Trukikaitis_Postimees, lk 90
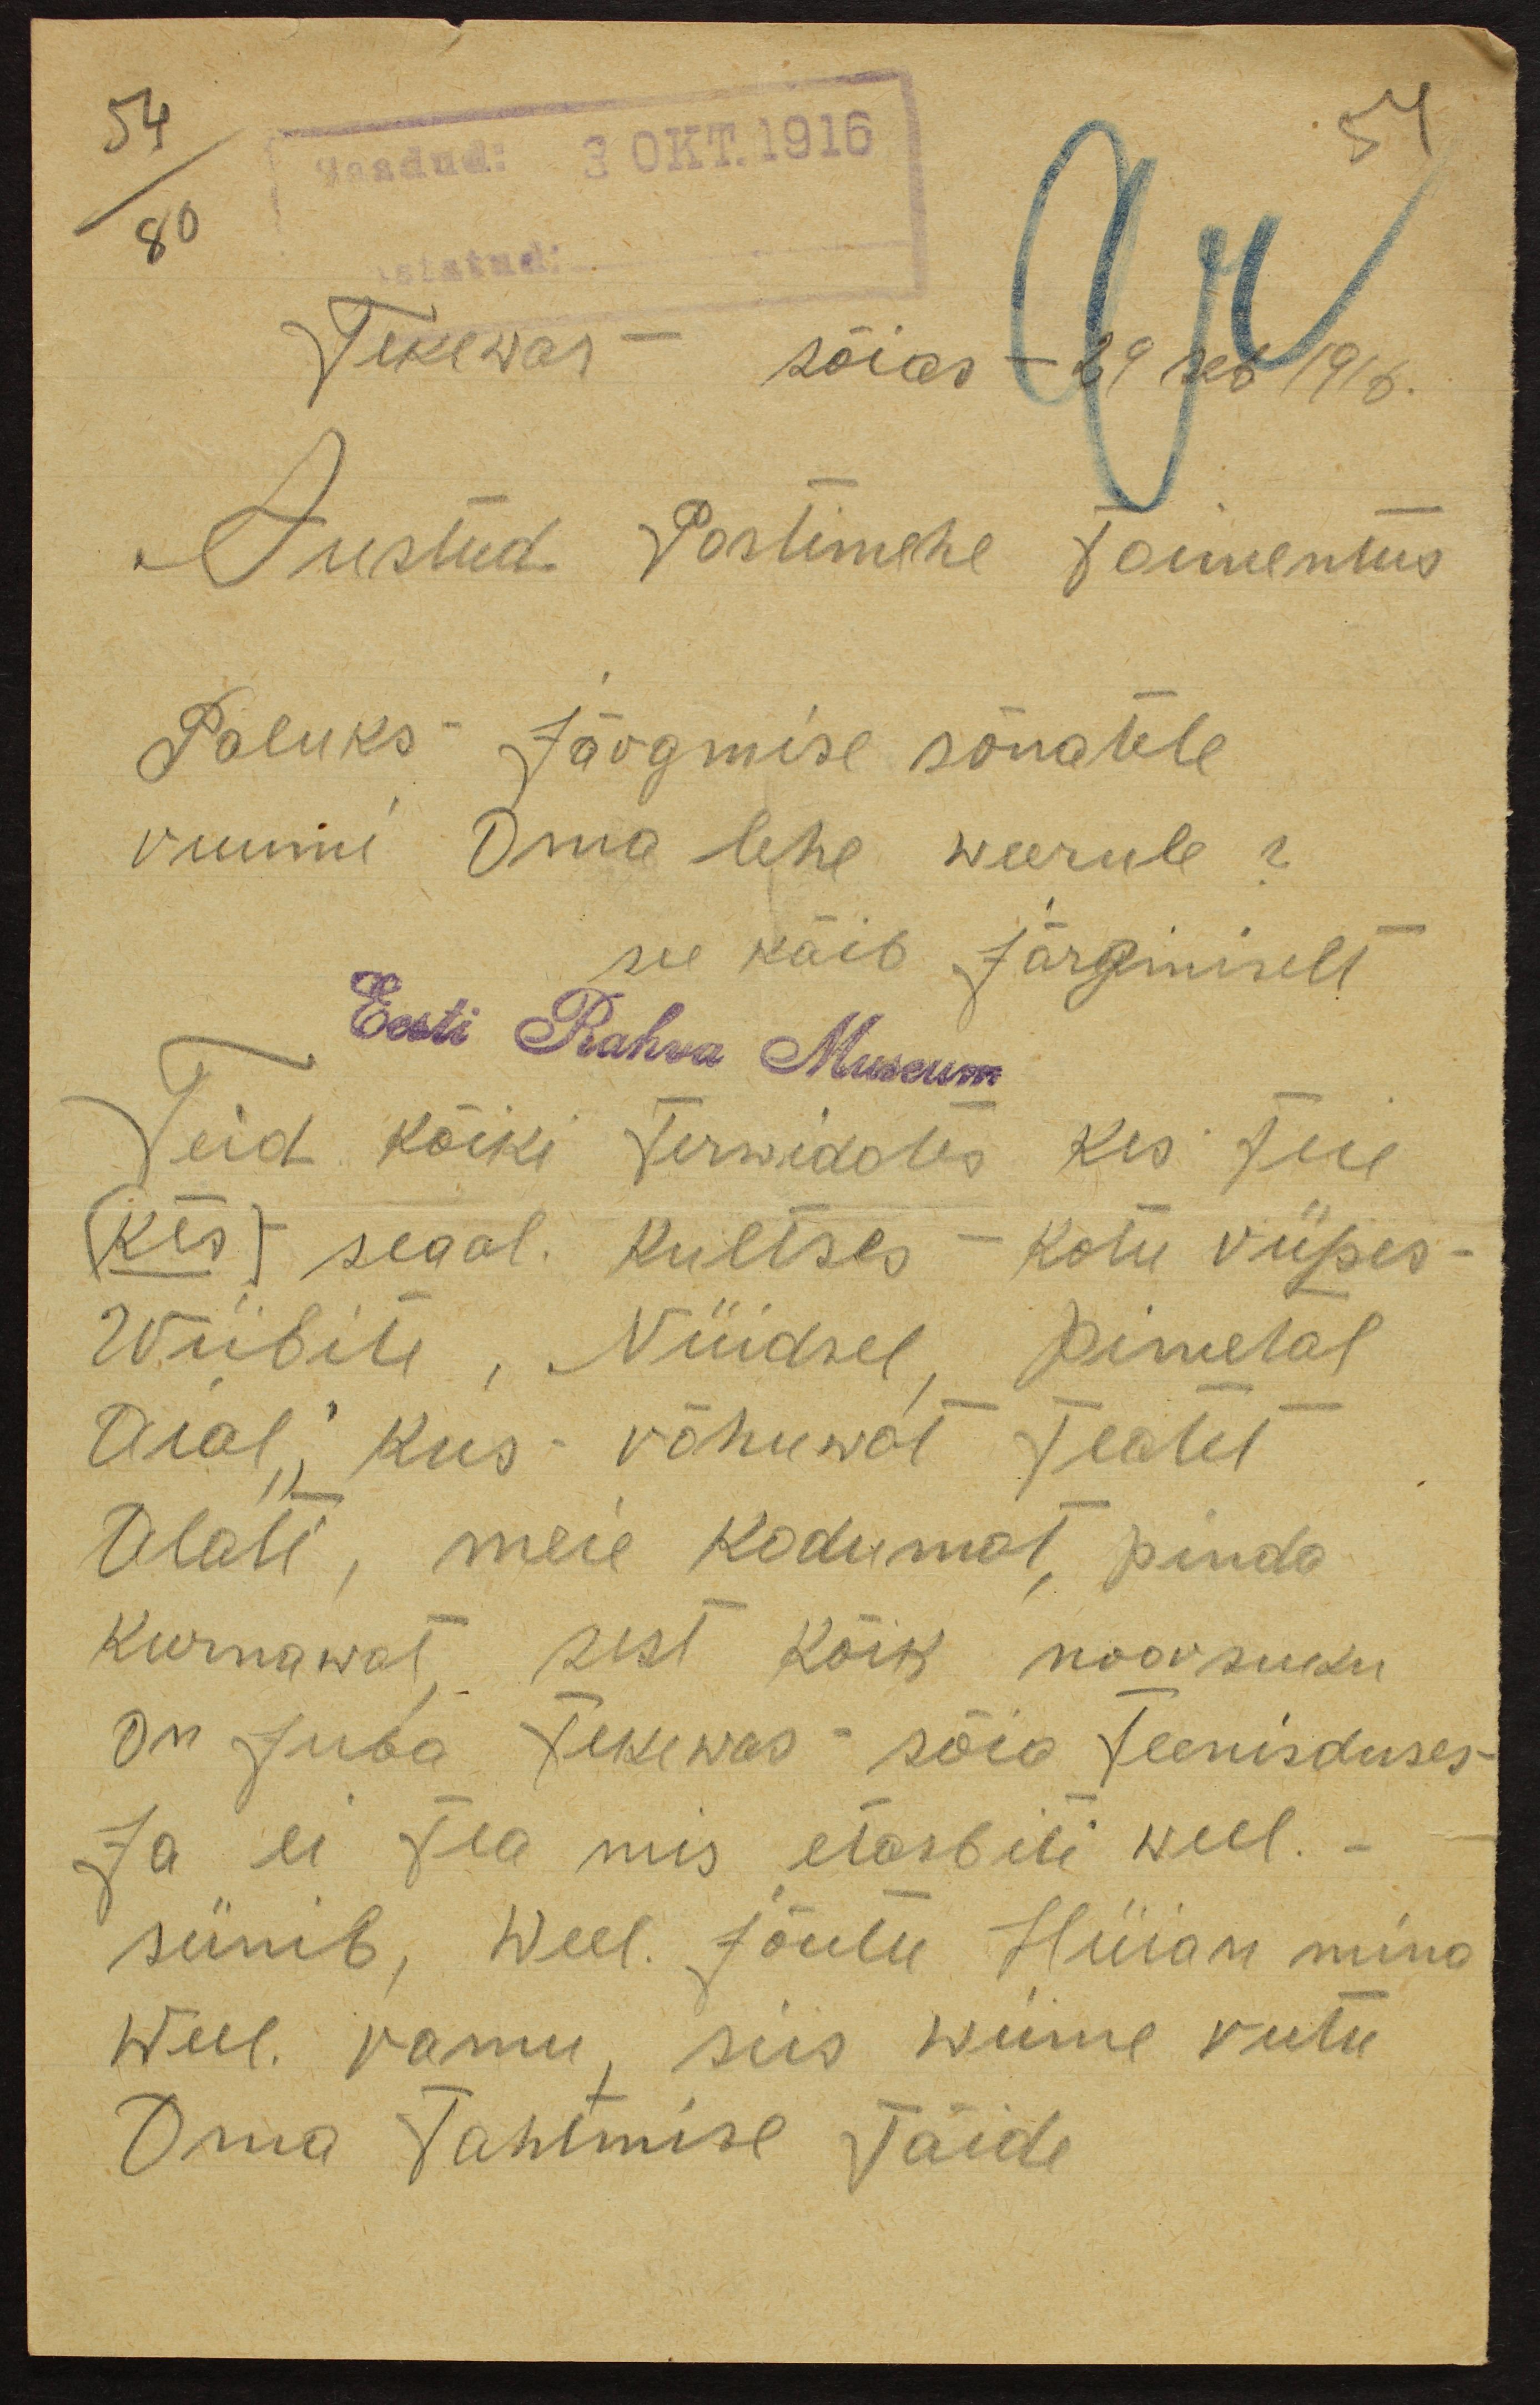
54
Saadud: 3 OKT. 1916
54
180
Tekewas sõias - 29 seb 1916.
Austud Postimehe toimetus
Paluks Järgmise sõnatele
ruumi Oma lehe weerule?
see käib Järgmiselt
Eesti Rahva Museum
Teid kõiki terwidates kes Teie
(Kes) seaal kultses - kotu viipes-
Wiibite, Nüidsel pimetal
Aial, kus rõhuwat Teatet
Alati, meie kodumat, pinda
kurnawat sest kõik noorsuku
On Juba Tekewas sõia teenisduses
Ja ei tea mis ei etaspiti weel. -
sünib, weel. Jõulu Hüian mina
Weel. ramu, siis wiime rutu,
Oma Tahtmise Täide